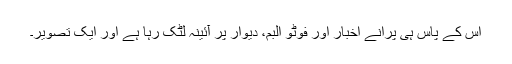
اس کے پاس ہی پرانے اخبار اور فوٹو البم، دیوار پر آئینہ لٹک رہا ہے اور ایک تصویر۔